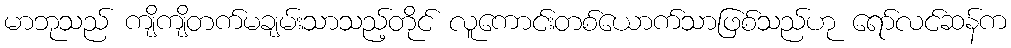
မာဘုသည် ကျိကျိတက်မချမ်းသာသည့်တိုင် လူကောင်းတစ်ယောက်သာဖြစ်သည်ဟု ရော်လင်ဆန်က